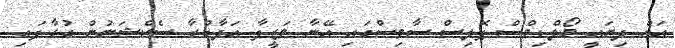
އަށް ދިޔައީ މޯލްޑިވްސް ޕޮލިސް ސާވިސްގައި އޭނާ ވަޒީފާ އަދާކުރާ ސެކްޝަނުން ގުޅާފައި